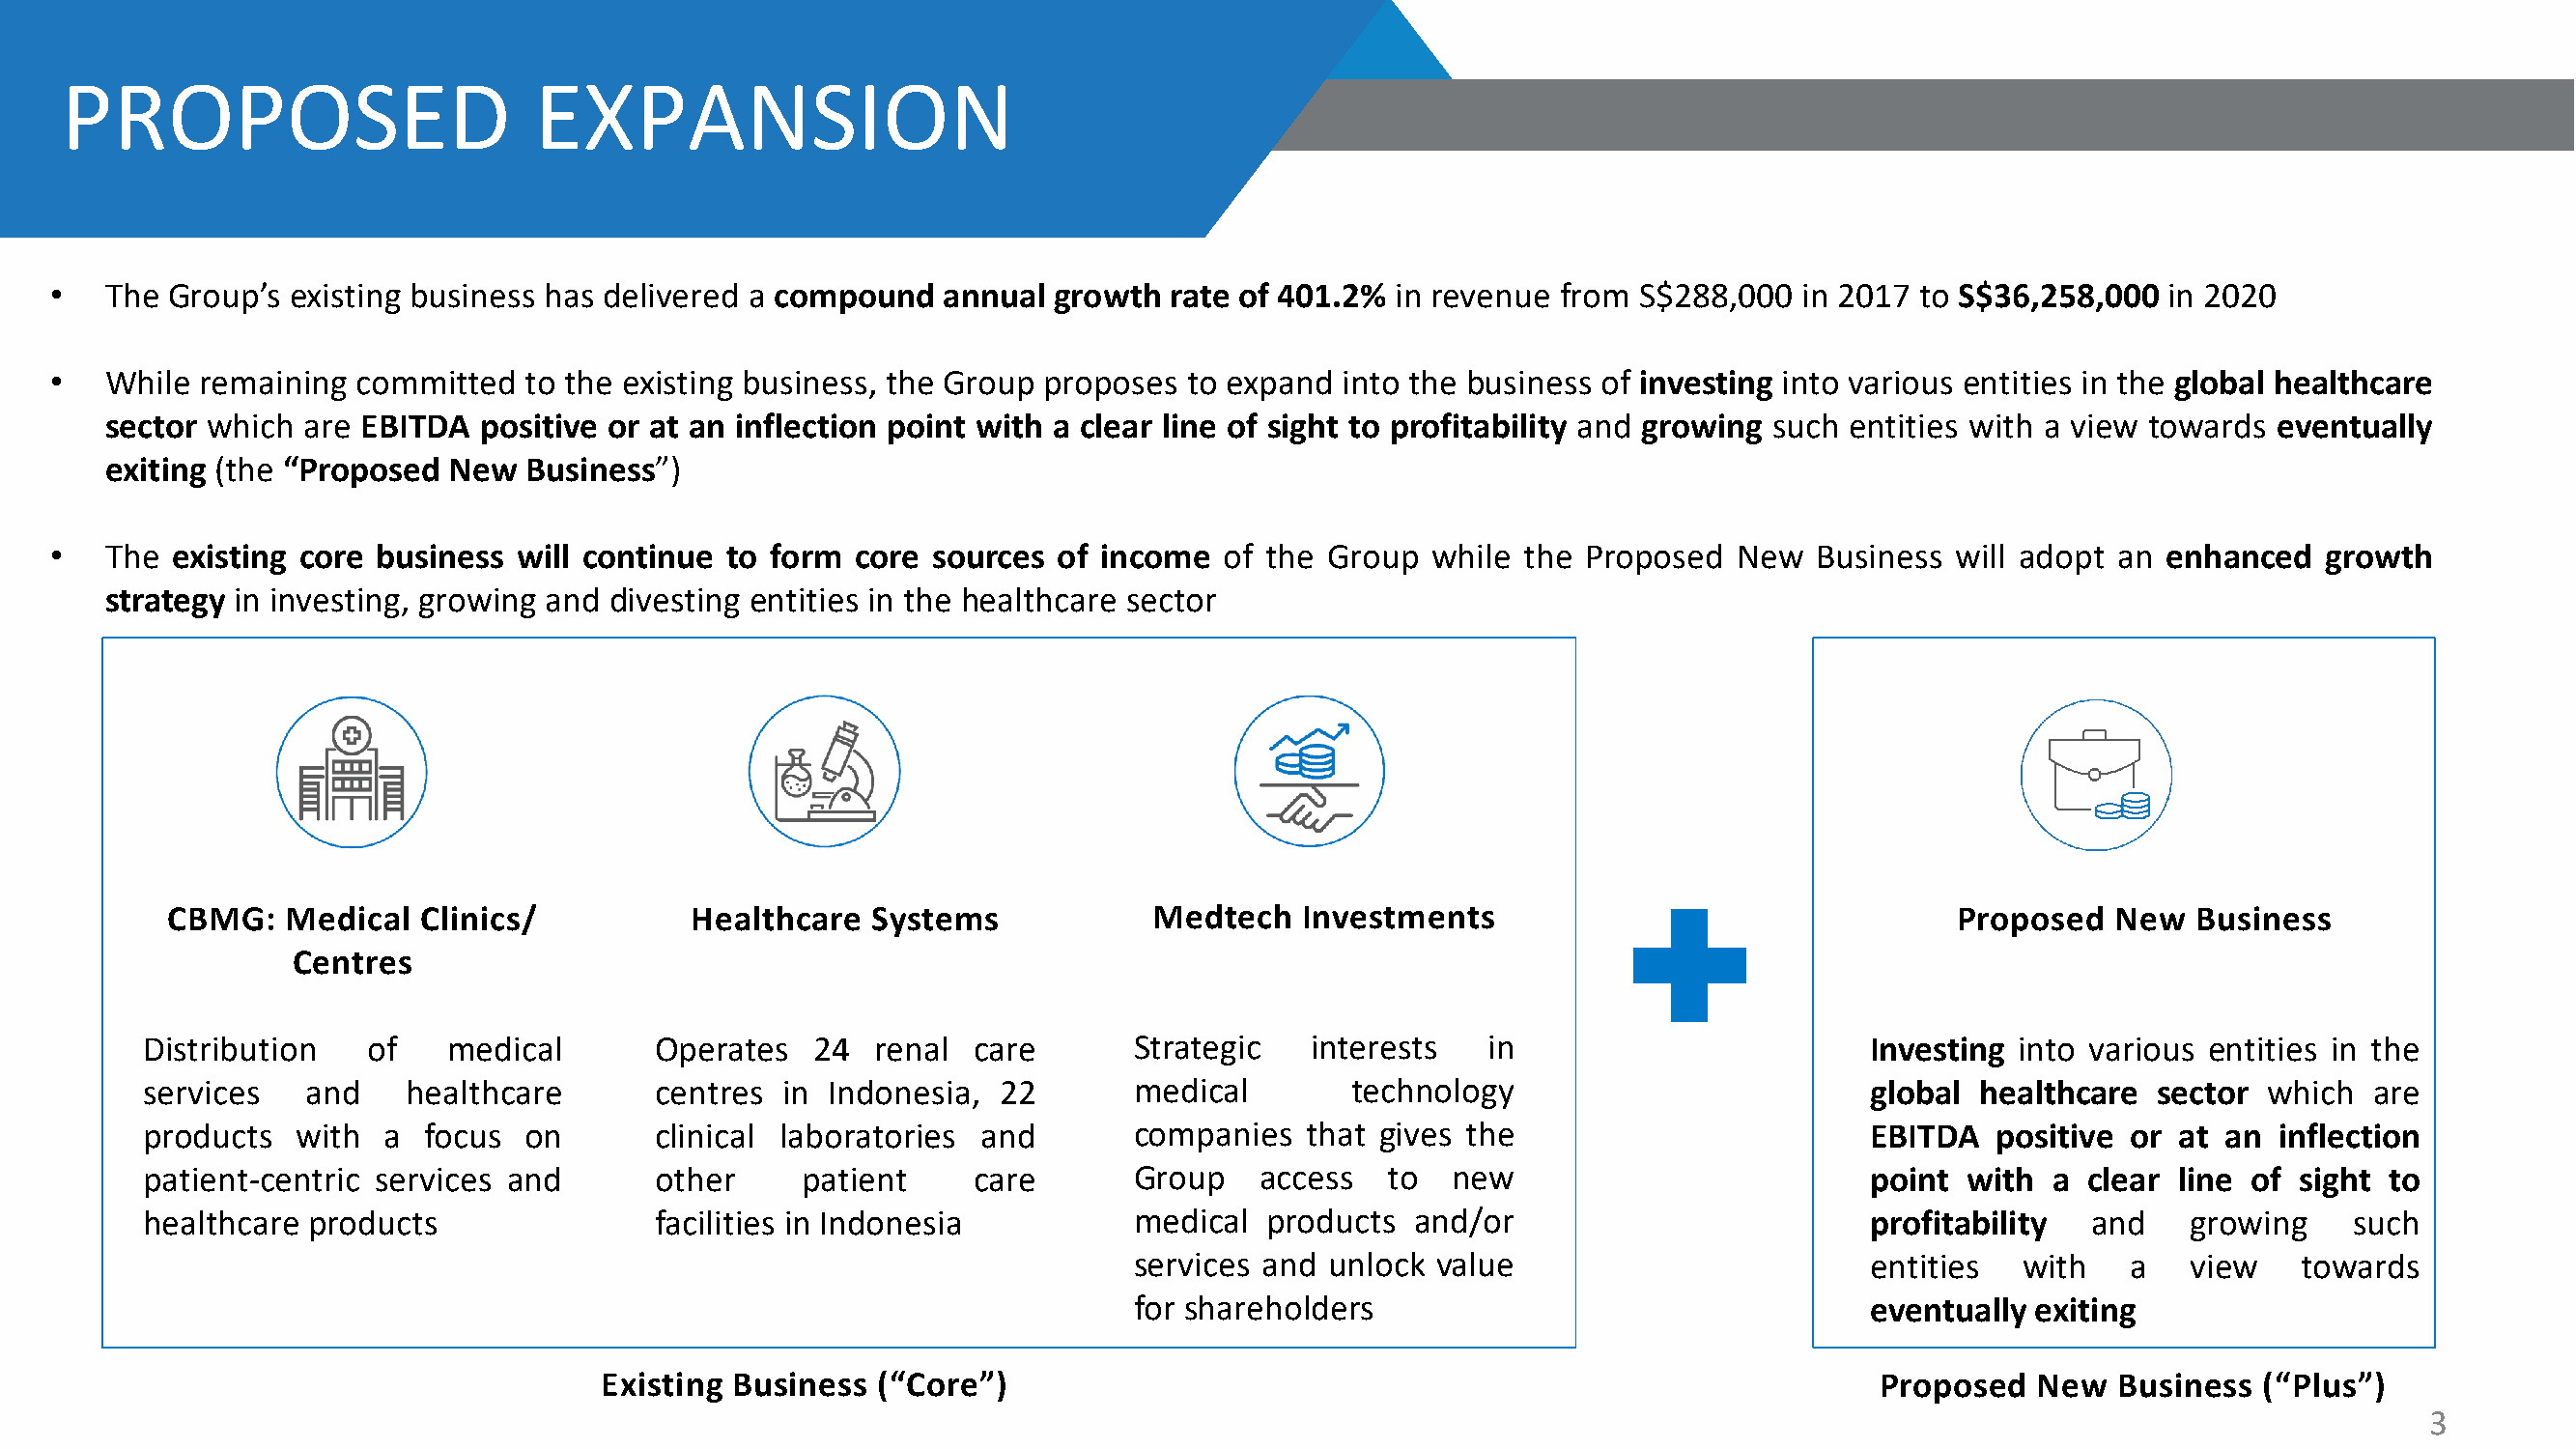
PROPOSED                         EXPANSION
 •   The  Group’s existing business has delivered a compound   annual growth  rate of 401.2%  in revenue from S$288,000  in 2017  to S$36,258,000  in 2020
 •   While  remaining committed   to the existing business, the Group proposes to expand  into the business of investing into various entities in the global healthcare
 sector which  are EBITDA  positive or at an inflection point with a clear line of sight to profitability and growing such entities with a view towards eventually
 exiting (the “Proposed  New  Business”)
 •   The  existing core business will continue  to form  core sources of income   of the Group  while the  Proposed  New  Business  will adopt an enhanced   growth
 strategy in investing, growing and divesting entities in the healthcare sector
 CBMG:    Medical  Clinics/          Healthcare   Systems            Medtech   Investments                                  Proposed   New  Business
 Centres
 Distribution   of    medical       Operates   24  renal  care       Strategic   interests   in                        Investing into various entities in the
 services   and    healthcare       centres  in Indonesia,  22       medical        technology                         global  healthcare  sector which   are
 products  with  a  focus  on       clinical laboratories and        companies  that  gives the                        EBITDA   positive or at an  inflection
 patient-centric services and       other     patient     care       Group   access   to   new                         point  with  a clear line of  sight to
 healthcare products                facilities in Indonesia          medical  products  and/or                         profitability  and    growing    such
 services and unlock value                         entities   with   a   view    towards
 for shareholders                                  eventually exiting
 Existing Business  (“Core”)                                                             Proposed   New  Business  (“Plus”)
 3